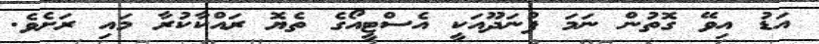
އަޑު އިވޭ ގޮތުން ނަމަ ފުނަދޫއަކީ އެސްޓީއޯގެ ތެޔޮ ރައްކާކުރާ މައި ރަށެވެ.